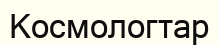
Космологтар